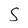
Character: S